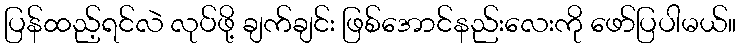
ပြန်ထည့်ရင်လဲ လုပ်ဖို့ ချက်ချင်း ဖြစ်အောင်နည်းလေးကို ဖော်ပြပါမယ်။